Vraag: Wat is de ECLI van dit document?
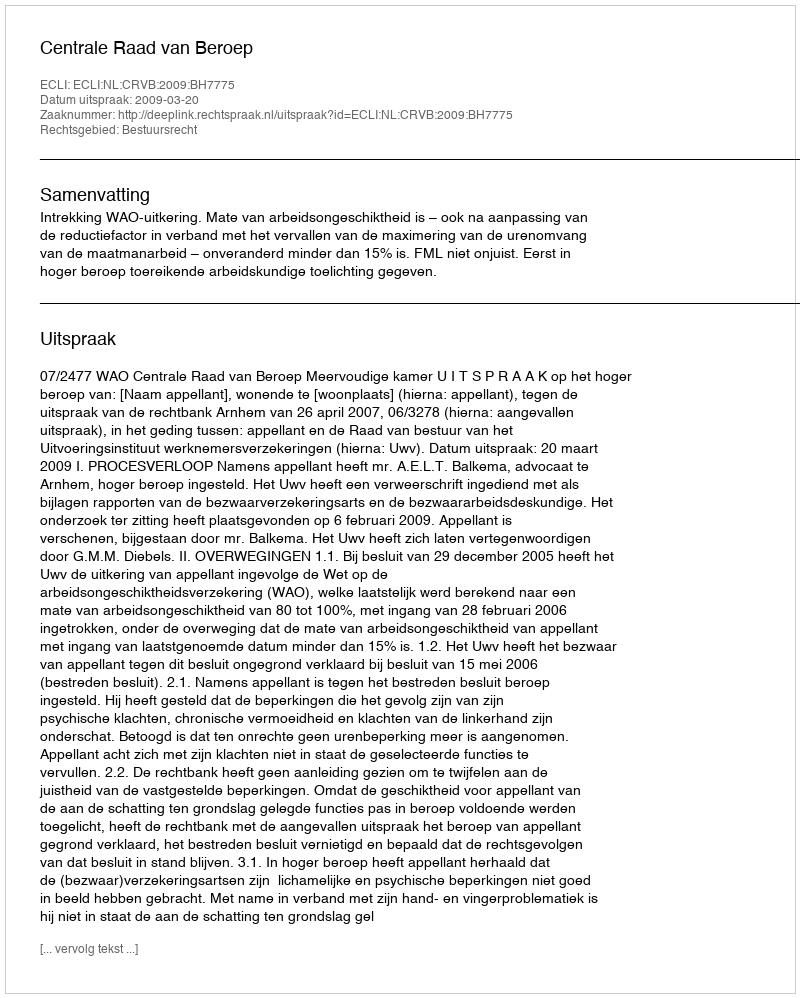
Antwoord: ECLI:NL:CRVB:2009:BH7775